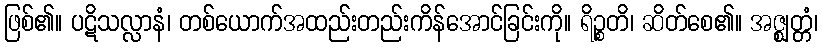
ဖြစ်၏။ ပဋိသလ္လာနံ၊ တစ်ယောက်အထည်းတည်းကိန်အောင်ခြင်းကို။ ရိဉ္စတိ၊ ဆိတ်စေ၏။ အဇ္ဈတ္တံ၊